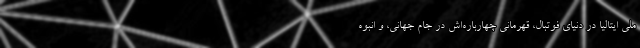
ملی ایتالیا در دنیای فوتبال، قهرمانی چهارباره‌اش در جام جهانی، و انبوه